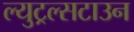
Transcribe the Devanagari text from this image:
ल्युट्रल्सटाउन